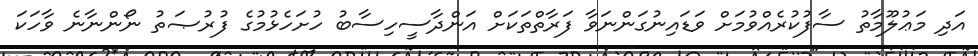
އަދި މަޢުލޫމާތު ސާފުކުރެއްވުމަށް ވަޑައިނުގަންނަވާ ފަރާތްތަކަށް އަންދާސީހިސާބު ހުށަހެޅުމުގެ ފުރުޞަތު ނޯންނާނެ ވާހަކަ